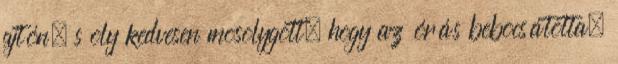
ajtón, s oly kedvesen mosolygott, hogy az órás bebocsátotta.